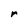
Character: r